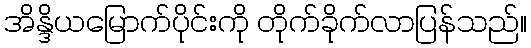
အိန္ဒိယမြောက်ပိုင်းကို တိုက်ခိုက်လာပြန်သည်။